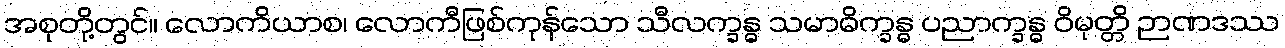
အစုတို့တွင်။ လောကိယာစ၊ လောကီဖြစ်ကုန်သော သီလက္ခန္ဓ သမာဓိက္ခန္ဓ ပညာက္ခန္ဓ ဝိမုတ္တိ ဉာဏဒဿ